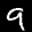
Label: 9